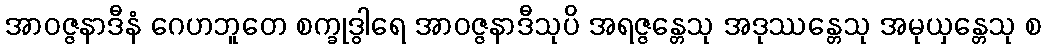
အာဝဇ္ဇနာဒီနံ ဂေဟဘူတေ စက္ခုဒွါရေ အာဝဇ္ဇနာဒီသုပိ အရဇ္ဇန္တေသု အဒုဿန္တေသု အမုယှန္တေသု စ